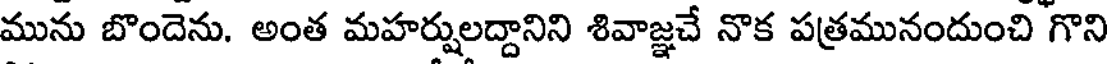
మును బొందెను. అంత మహర్షులద్దానిని శివాజ్ఞచే నొక పత్రమునందుంచి గొని